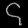
Digit: ၄